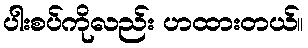
ပါးစပ်ကိုလည်း ဟထားတယ်။